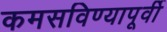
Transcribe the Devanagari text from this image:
कमसविण्यापूर्वी